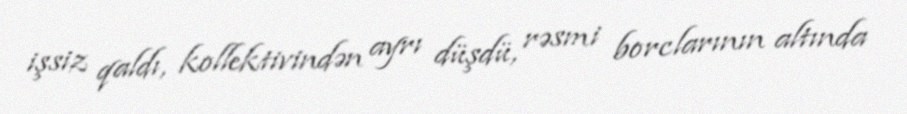
işsiz qaldı, kollektivindən ayrı düşdü, rəsmi borclarının altında